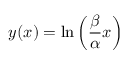
y ( x ) = \ln \left( \frac { \beta } { \alpha } x \right)